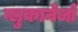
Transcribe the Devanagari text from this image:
ग्लुकानेजों